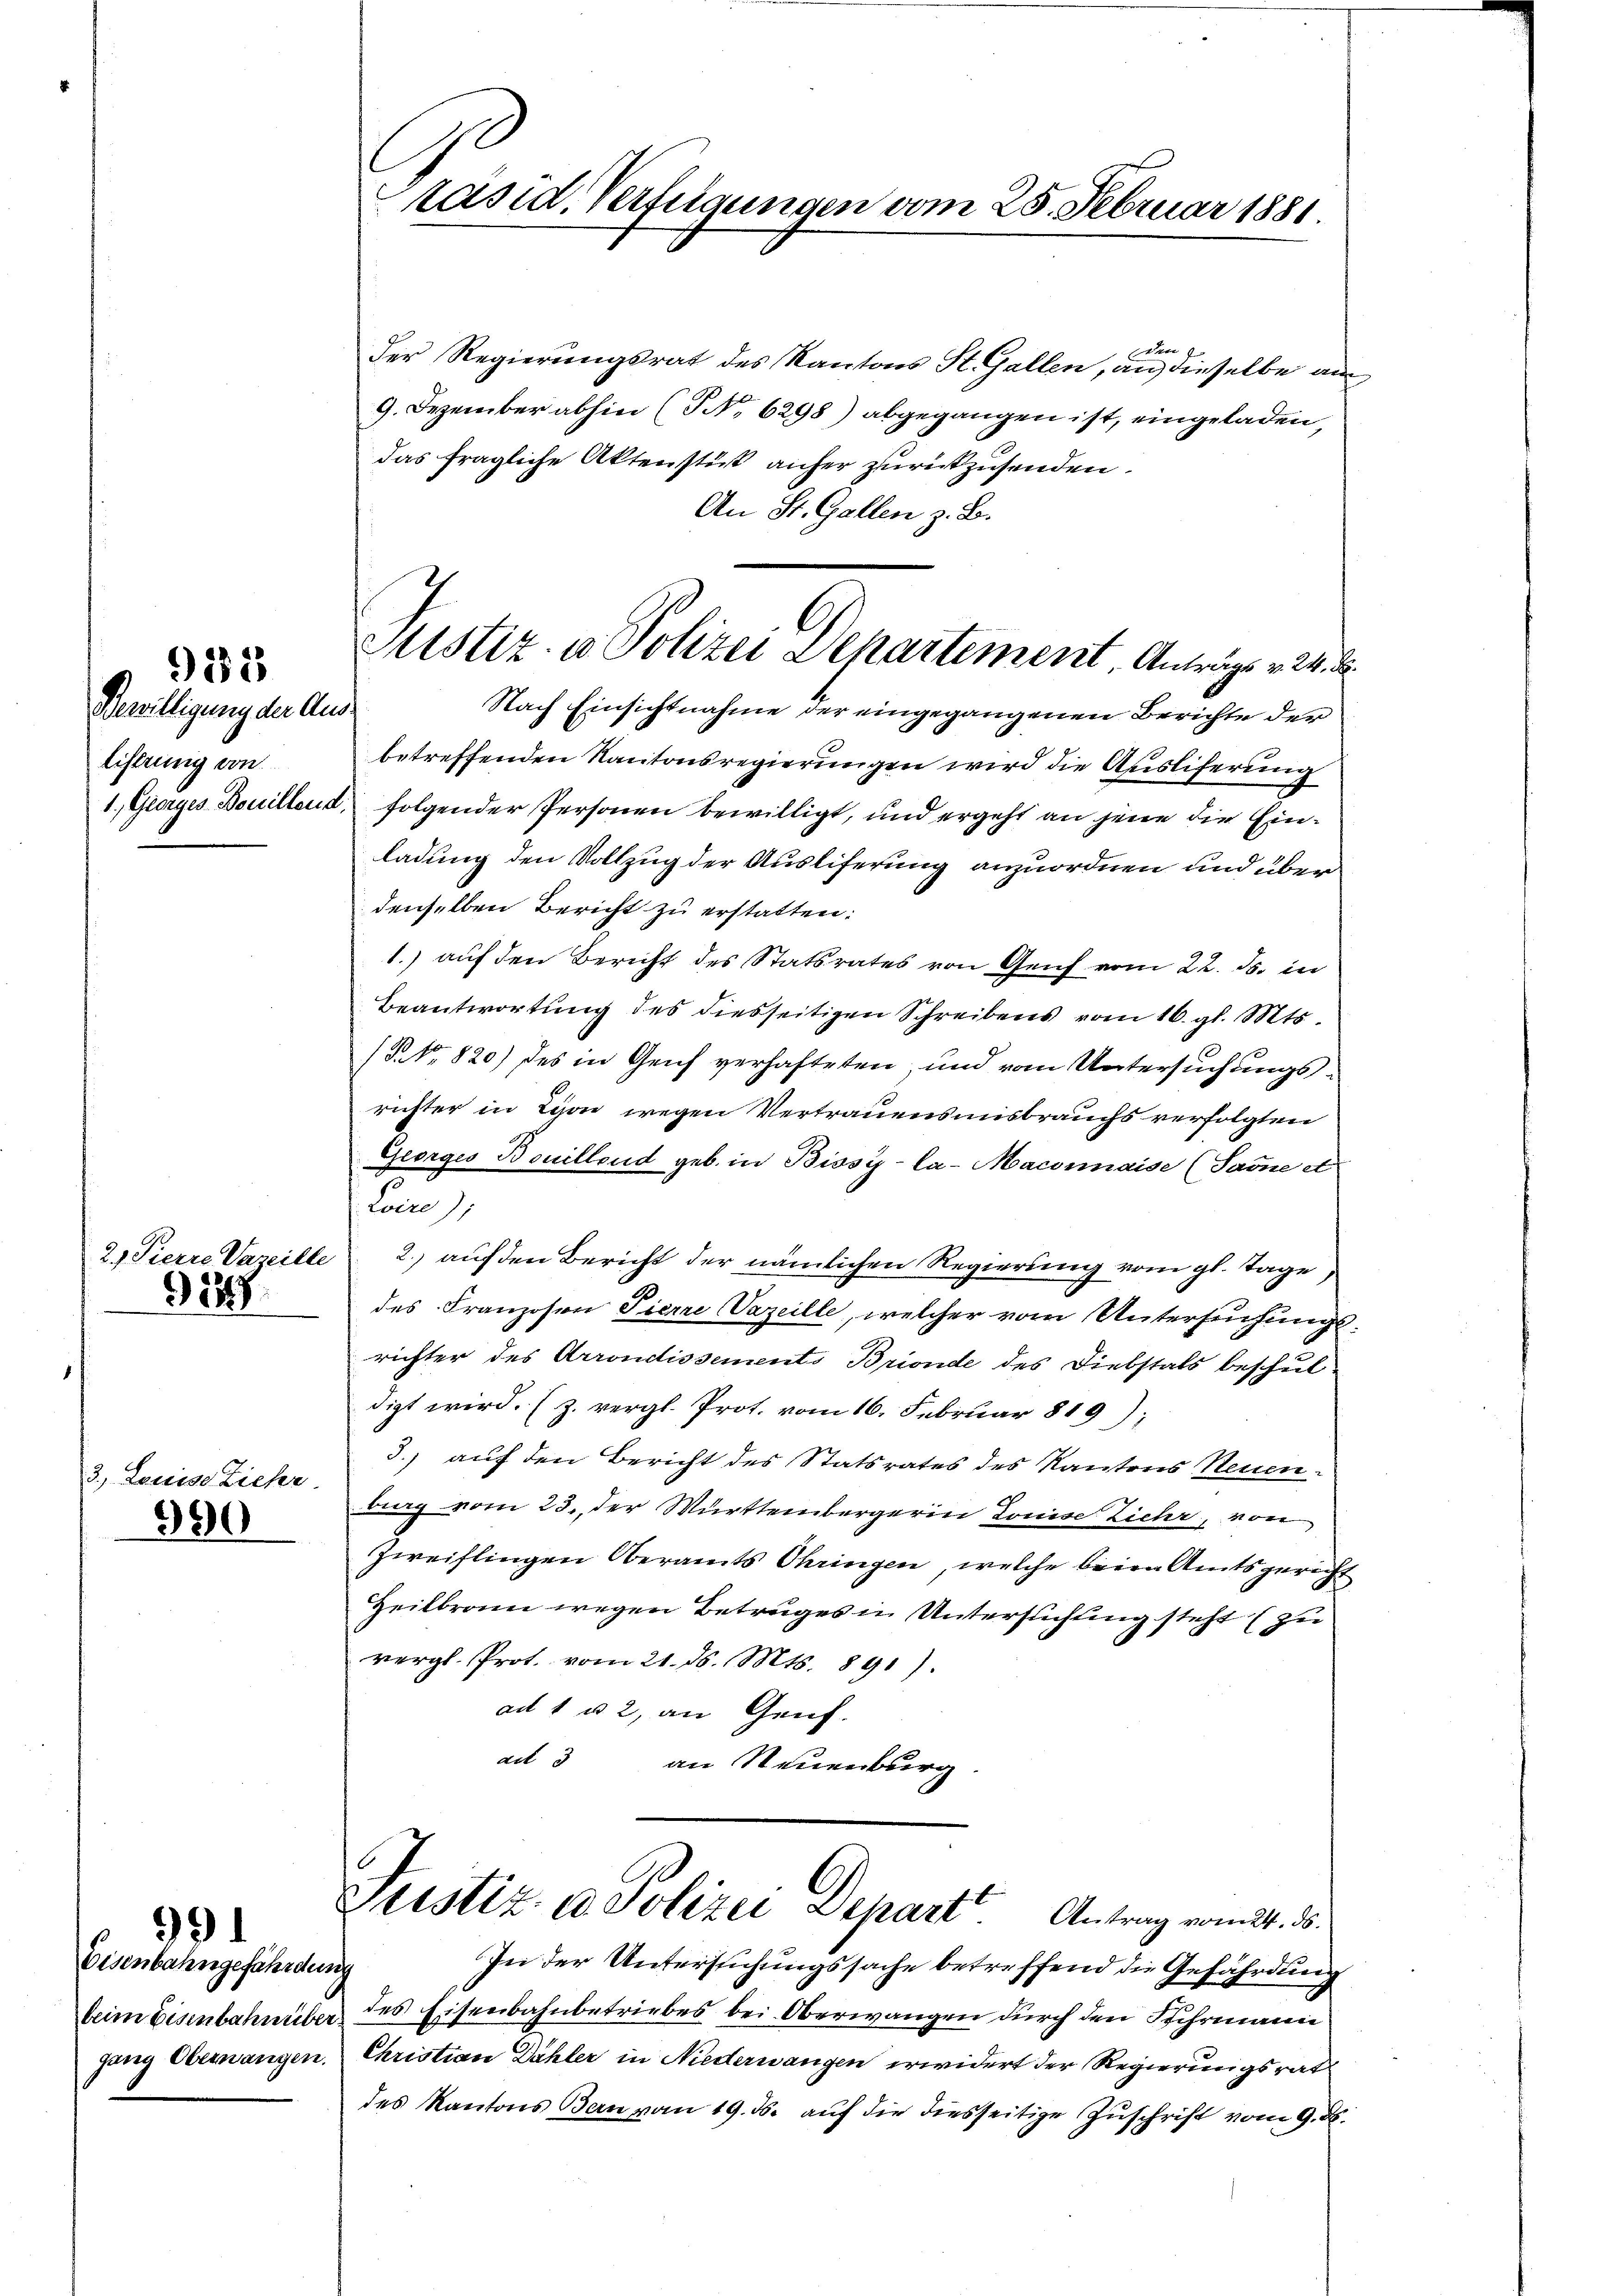
9183

Bewilligung der Ausliferenig von

149

3. Louise Zieher
990

Eisenbahngefährdung

99

l
räsid. Verfügungen vom 25. Februar 1881.

dten
Der Regierungsrat des Kantons St. Gallen, an dieselbe aus¬
9. Dezember abhin (NNo. 6298) abgegangen ist, eingeladen,
das fragliche Aktenstück anher zurückzusenden.
An St. Gallen z. B.
betreffenden Kantonsregierungen wird die Ausliferung
1. Georges Bouillend, folgender Personen bewilligt, und ergeht an jene die Einladung den Vollzug der Ausliferung anzuordnen und über
denselben Bericht zu erstatten:
1.) auf den Bericht des Statsrates von Genf vom 22. ds. in
Beantwortung des diesseitigen Schreibens vom 16. gl. Mts.
(NNo. 820) des in Genf verhafteten, und vom Untersuchungsrichter in Lyon wegen Vertrauensmisbrauchs verfolgten
Georges Bouillend geb. in Bissy-la-Maconaise (Same et
Loire),
2.) Pierre Vareille 2. aŭf den Bericht der nämlichen Regierung vom gl. Tage
des Franzosen Pierre Vazeille, welcher vom Untersuchungsrichter des Arrondissement Brionde des Diebstals beschul
digt wird. (z. vergl. Prot. vom 16. Februar 819);
3.) auf den Bericht des Statsrates des Kantons Neuenburg vom 23. der Württembergerin Louise Ziehr, von
Zweiflingen Oberamts Ohringen, welche beim Amtsgericht
Heilbronn wegen Betrages in Untersuchung steht (zu
vergl. Prot. vom 21. d. Mts. 891).
ad 1 u. 2, an Genf.
ad 3 an Neuenburg

Justiz- u Polizei Departement. Antrage v.
Nach Einsichtnahme der eingegangenen Berichte der

Justiz- & Polizei Depart. Antrag vom 21. d.

In der Untersuchungssache betreffend die Gefährdung
beim Eisenbahnüber des Eisenbahnbetriebes bei Oberwangen durch den Schrmann
gang Obernangen. Christian Dähler in Niederwangen erwidert der Regierungsrat
des Kantons Bern vom 19. ds. auf die diesseitige Zuschrift vom 9. d.